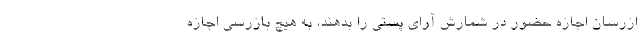
ازرسان اجازه حضور در شمارش آرای پستی را بدهند، به هیچ بازرسی اجازه